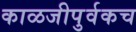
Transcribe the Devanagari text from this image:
काळजीपुर्वकच